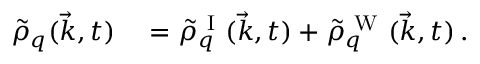
\begin{array} { r l } { \tilde { \rho } _ { q } ( \vec { k } , t ) } & { { } = \tilde { \rho } _ { q } ^ { \mathrm { ~ I ~ } } ( \vec { k } , t ) + \tilde { \rho } _ { q } ^ { \mathrm { ~ W ~ } } ( \vec { k } , t ) \, . } \end{array}